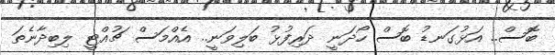
ބޮސް.. އަޅުގަނޑު ބޮސް ހޯދަނީ ދަރިފުޅު ބަލިވަނީ.. އެއްމަސް ޗުއްޓީ ލިބިދާނެތަ